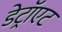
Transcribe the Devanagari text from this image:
डेट्रॉएट